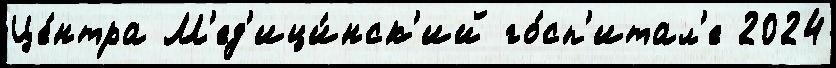
Це́нтра М'ед'ици́нск'ий го́сп'итал'е 2024